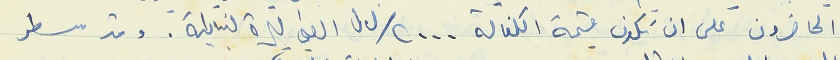
الحاضرون على ان تكون قيمة الكفالة ٢٠٠٠/ ل.ل الفي ليرة لبنانية . وقد سطر